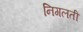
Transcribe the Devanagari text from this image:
निगलती